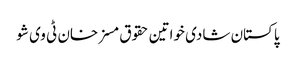
پاکستان شادی خواتین حقوق مسز خان ٹی وی شو